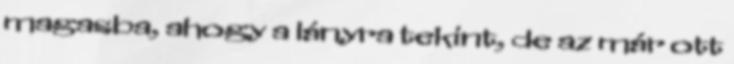
magasba, ahogy a lányra tekint, de az már ott